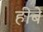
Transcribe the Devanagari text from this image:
हीबे